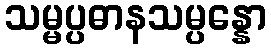
သမ္မပ္ပဓာနသမ္ပန္နော